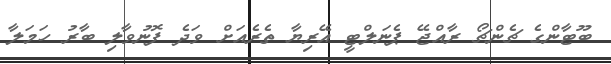
ބޫޓާންގެ ޗެންޗޯ ރާއްޖޭ ޕެނަލްޓީ އޭރިޔާ ތެރެއަށް ވަދެ ފޮނުވާލި ބާރު ހަމަލާ